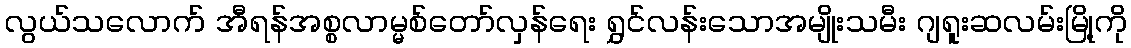
လွယ်သလောက် အီရန်အစ္စလာမ္မစ်တော်လှန်ရေး ရွှင်လန်းသောအမျိုးသမီး ဂျရူးဆလမ်းမြို့ကို